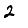
Digit: 2